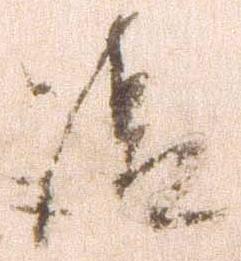
請